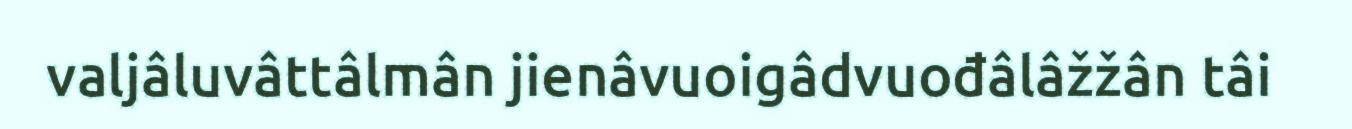
valjâluvâttâlmân jienâvuoigâdvuođâlâžžân tâi